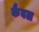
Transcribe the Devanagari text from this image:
कैबल